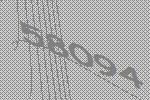
58094